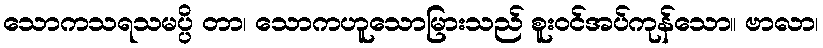
သောကသရသမပ္ပိ တာ၊ သောကဟူသောမြားသည် စူးဝင်အပ်ကုန်သော။ ဗာလာ၊